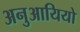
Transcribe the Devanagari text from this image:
अनुआयियो